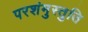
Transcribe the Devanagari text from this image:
परशंमुस्तुति